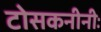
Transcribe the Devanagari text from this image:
टोसकनीनीः